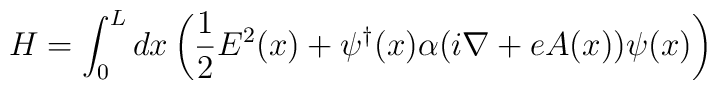
H=\int_0^L dx\left( {1\over2}E^2(x)+ \psi^{\dagger}(x)\alpha(i\nabla+e A(x))\psi (x)\right)